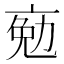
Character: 𠅦